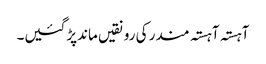
آہستہ آہستہ مندر کی رونقیں ماندپڑگئیں۔